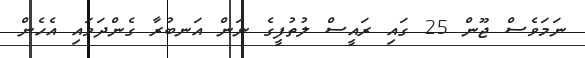
ނަމަވެސް ޖޫން 25 ގައި ރައީސް ލުތުފީގެ ނަން އަނބުރާ ގެންދަވައި އެހެން